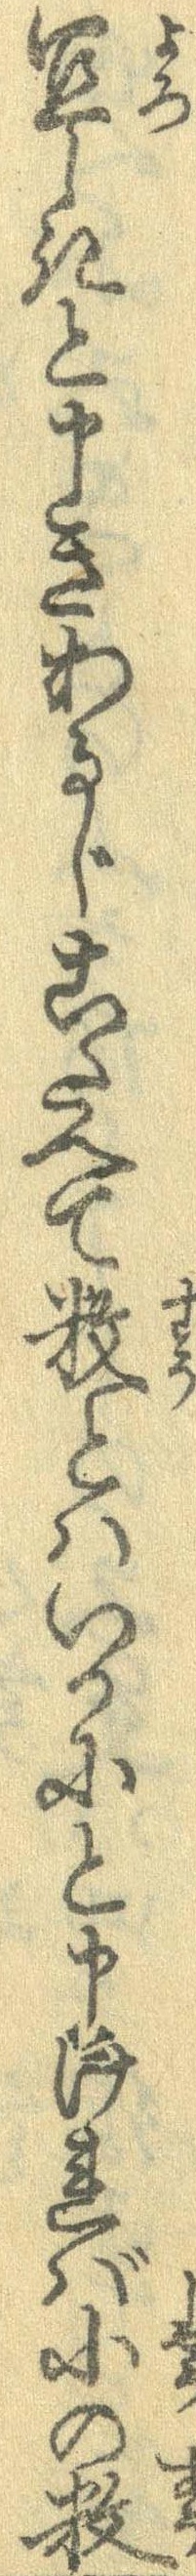
宣しきと申きあるじこたへて数とはいかにと申ければ小の数